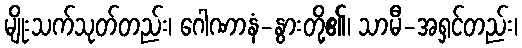
မျိုးသက်သုတ်တည်း၊ ဂေါဏာနံ-နွားတို့၏၊ သာမီ-အရှင်တည်း၊